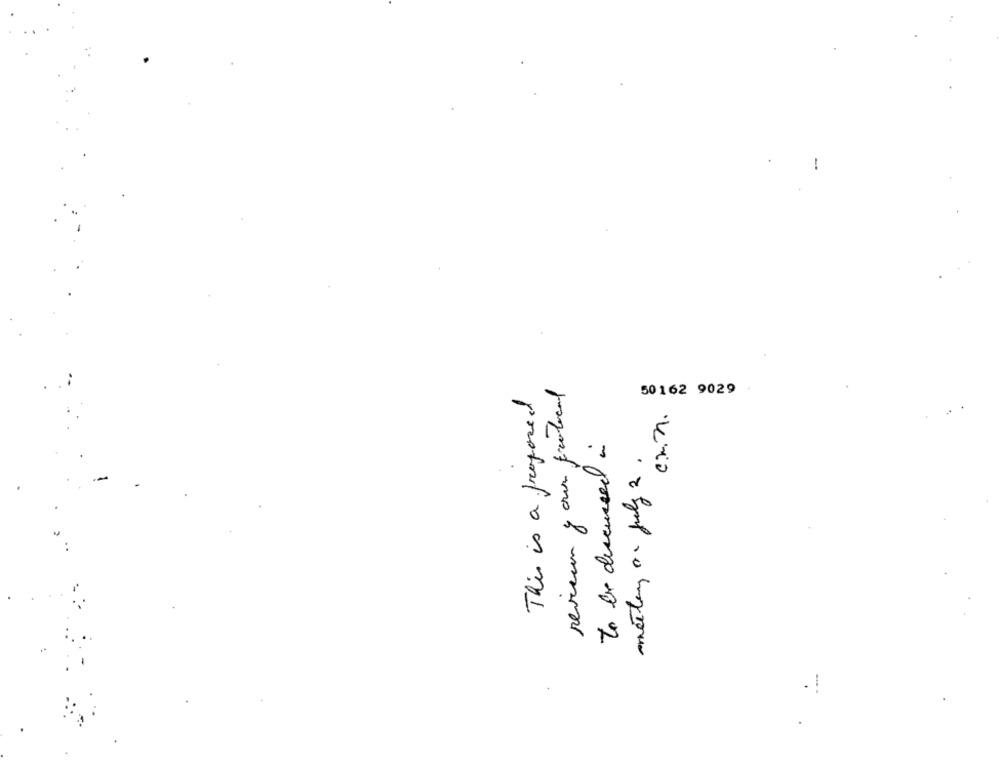
revieun your fralocal
This is a proposed
50 162 9029 .
cnn.
to be discussed i
meeting on july 2.